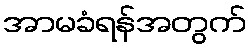
အာမခံရန်အတွက်